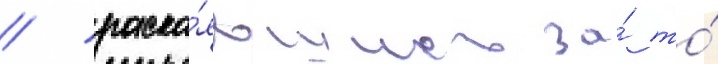
/ раска́явшись за́ то́